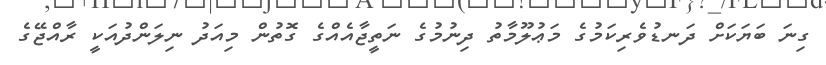
ގިނަ ބަޔަކަށް ދަނޑުވެރިކަމުގެ މަޢުލޫމާތު ދިނުމުގެ ނަތީޖާއެއްގެ ގޮތުން މިއަދު ނިލަންދުއަކީ ރާއްޖޭގެ